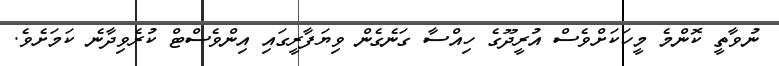
ނުވާތީ ކޮންމެ މީހަކަށްވެސް އުރީދޫގެ ހިއްސާ ގަނެގެން ވިޔަފާރީގައި އިންވެސްޓް ކުރެވިދާނެ ކަމަށެވެ.